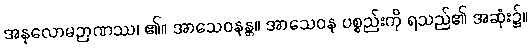
အနုလောမဉာဏဿ၊ ၏။ အာသေဝနန္တ။ အာသေဝန ပစ္စည်းကို ရသည်၏ အဆုံး၌။